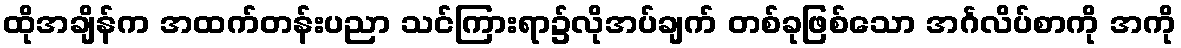
ထိုအချိန်က အထက်တန်းပညာ သင်ကြားရာ၌လိုအပ်ချက် တစ်ခုဖြစ်သော အင်္ဂလိပ်စာကို အကို